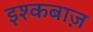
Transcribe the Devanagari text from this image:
इश्कबाज़